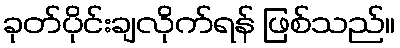
ခုတ်ပိုင်းချလိုက်ရန် ဖြစ်သည်။